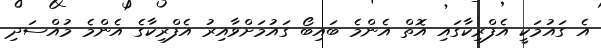
އެ ގައުމަކީ އެފްރިކާގައި އޮތް އެންމެ ބައިބޯ ގައުމަށްވާއިރު އެފްރިކާގެ އެންމެ މުއްސަދި